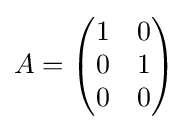
A={\begin{pmatrix}1&0\\0&1\\0&0\end{pmatrix}}